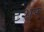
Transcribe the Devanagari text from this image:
टशर